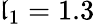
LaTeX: \mathfrak{l}_{1}=1.3